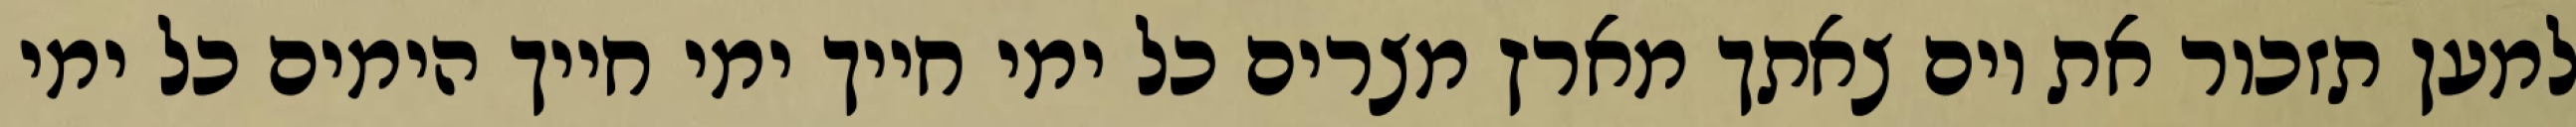
למען תזכור את יום צאתך מארץ מצרים כל ימי חייך ימי חייך הימים כל ימי